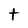
Character: t